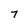
Character: 7